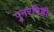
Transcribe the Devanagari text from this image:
पुनरपिही